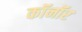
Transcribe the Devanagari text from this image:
कॉनॉर